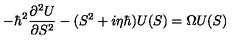
- \hbar ^ { 2 } { \frac { \partial ^ { 2 } U } { \partial S ^ { 2 } } } - ( S ^ { 2 } + i \eta \hbar ) U ( S ) = \Omega U ( S )